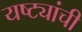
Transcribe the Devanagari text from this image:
यष्ट्यांची